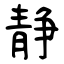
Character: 静